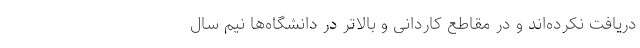
دریافت نکرده‌اند و در مقاطع کاردانی و بالاتر در دانشگاه‌ها نیم سال